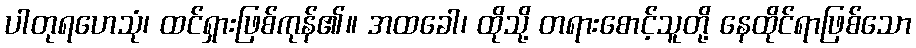
ပါတုရဟေသုံ၊ ထင်ရှားဖြစ်ကုန်၏။ အထခေါ၊ ထိုသို့ တရားစောင့်သူတို့ နေထိုင်ရာဖြစ်သော